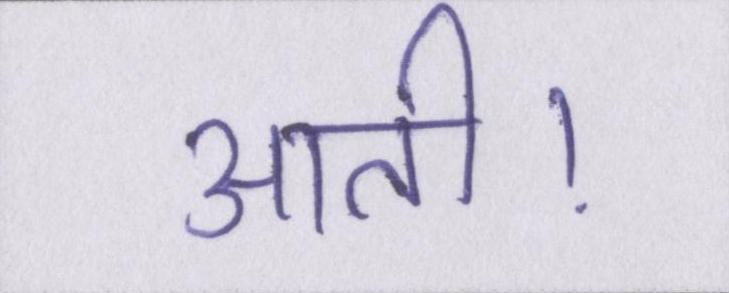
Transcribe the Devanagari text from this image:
आती।